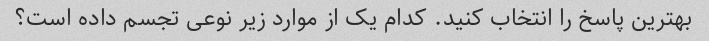
بهترین پاسخ را انتخاب کنید. کدام یک از موارد زیر نوعی تجسم داده است؟